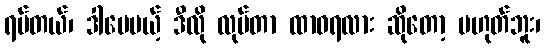
ရပ်တယ်၊ ဒါပေမယ့် ဒီလို လုပ်တာ ထာဝရလား ဆိုတော့ မဟုတ်ဘူး၊